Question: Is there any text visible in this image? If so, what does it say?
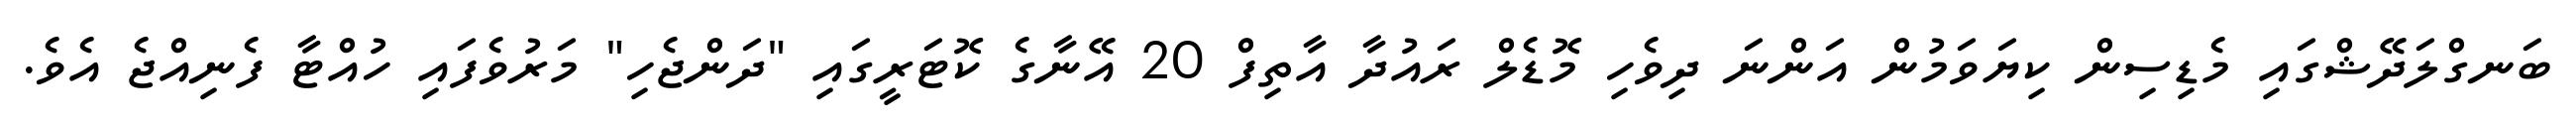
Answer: ބަނގްލަދޭޝްގައި މެޑިސިން ކިޔަވަމުން އަންނަ ދިވެހި މޮޑެލް ރައުދާ އާތިފް 20 އޭނާގެ ކޮޓަރީގައި "ދަންޖެހި" މަރުވެފައި ހުއްޓާ ފެނިއްޖެ އެވެ.